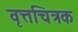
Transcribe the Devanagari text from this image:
वृत्तचित्रक